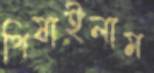
পিষাইলাম